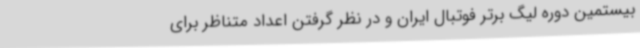
بیستمین دوره لیگ برتر فوتبال ایران و در نظر گرفتن اعداد متناظر برای